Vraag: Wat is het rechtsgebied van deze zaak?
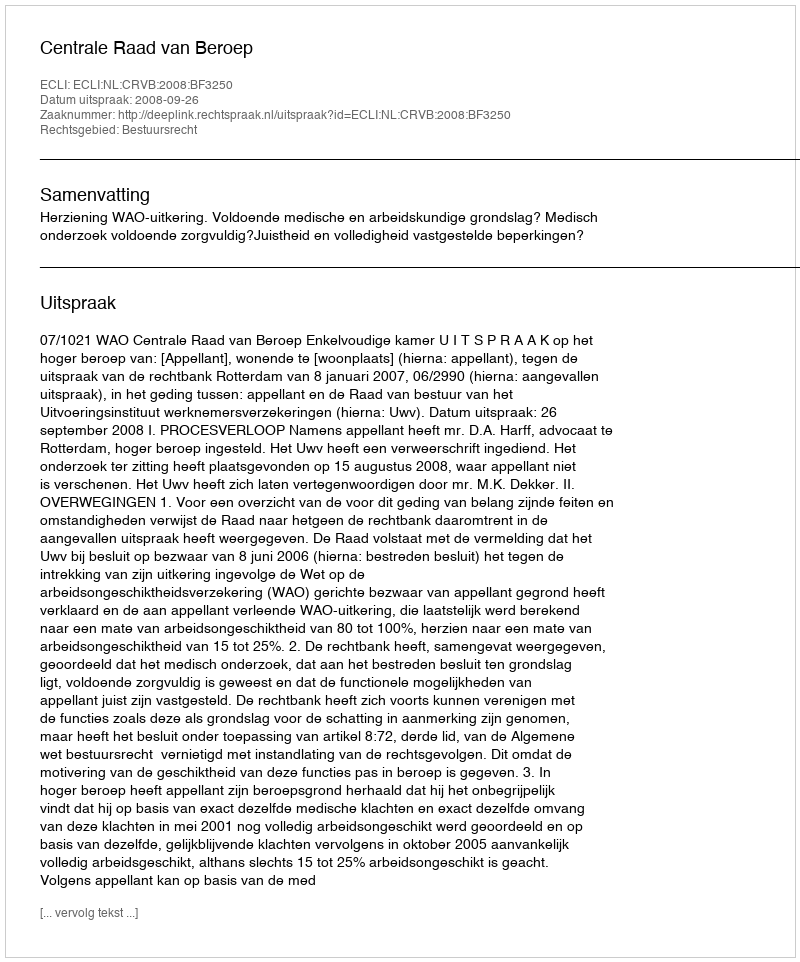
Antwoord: Bestuursrecht